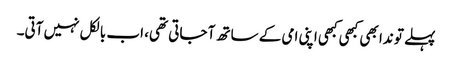
پہلے تو ندا بھی کبھی کبھی اپنی امی کے ساتھ آ جاتی تھی، اب بالکل نہیں آتی۔